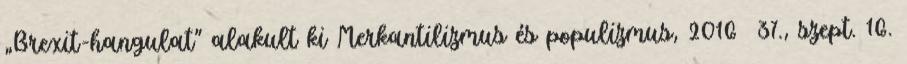
„Brexit-hangulat” alakult ki Merkantilizmus és populizmus, 2016 37., szept. 16.